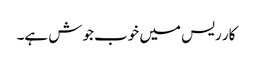
کار ریس میں خوب جوش ہے۔